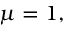
\mu = 1 ,